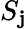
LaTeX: S_{\mathbf{j}}